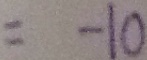
= - 1 0